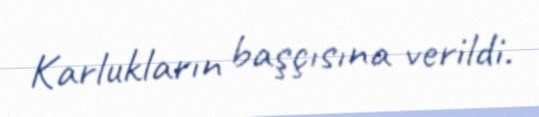
Karlukların başçısına verildi.